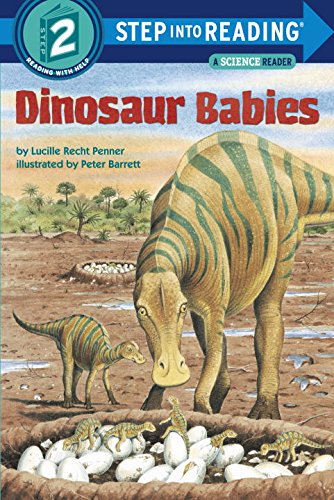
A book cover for Dinosaur Babies (Step-into-Reading: A Step 2 Book); Lucille Recht Penner; Children's Books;